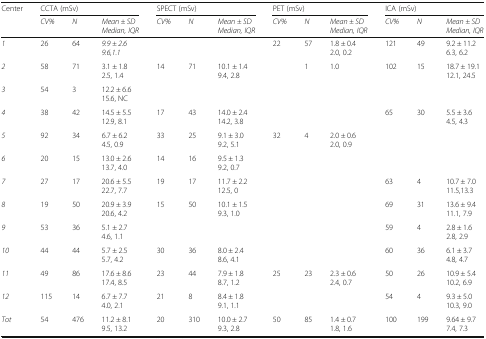
<table><thead><tr><td rowspan="2"><b>Center</b></td><td colspan="3"><b>CCTA (mSv)</b></td><td colspan="3"><b>SPECT (mSv)</b></td><td colspan="3"><b>PET (mSv)</b></td><td colspan="3"><b>ICA (mSv)</b></td></tr><tr><td><b><i>CV%</i></b></td><td><b><i>N</i></b></td><td><b><i>Mean ± SD</i><i>Median, IQR</i></b></td><td><b><i>CV%</i></b></td><td><b><i>N</i></b></td><td><b><i>Mean ± SD</i><i>Median, IQR</i></b></td><td><b><i>CV%</i></b></td><td><b><i>N</i></b></td><td><b><i>Mean ± SD</i><i>Median, IQR</i></b></td><td><b><i>CV%</i></b></td><td><b><i>N</i></b></td><td><b><i>Mean ± SD</i><i>Median, IQR</i></b></td></tr></thead><tbody><tr><td><i>1</i></td><td>26</td><td>64</td><td><i>9.9 ± 2.6</i><i>9.6,1.1</i></td><td></td><td></td><td></td><td>22</td><td>57</td><td>1.8 ± 0.42.0, 0.2</td><td>121</td><td>49</td><td>9.2 ± 11.26.3, 6.2</td></tr><tr><td><i>2</i></td><td>58</td><td>71</td><td>3.1 ± 1.82.5, 1.4</td><td>14</td><td>71</td><td>10.1 ± 1.49.4, 2.8</td><td></td><td>1</td><td>1.0</td><td>102</td><td>15</td><td>18.7 ± 19.112.1, 24.5</td></tr><tr><td><i>3</i></td><td>54</td><td>3</td><td>12.2 ± 6.615.6, NC</td><td></td><td></td><td></td><td></td><td></td><td></td><td></td><td></td><td></td></tr><tr><td><i>4</i></td><td>38</td><td>42</td><td>14.5 ± 5.512.9, 8.1</td><td>17</td><td>43</td><td>14.0 ± 2.414.2, 3.8</td><td></td><td></td><td></td><td>65</td><td>30</td><td>5.5 ± 3.64.5, 4.3</td></tr><tr><td><i>5</i></td><td>92</td><td>34</td><td>6.7 ± 6.24.5, 0.9</td><td>33</td><td>25</td><td>9.1 ± 3.09.2, 5.1</td><td>32</td><td>4</td><td>2.0 ± 0.62.0, 0.9</td><td></td><td></td><td></td></tr><tr><td><i>6</i></td><td>20</td><td>15</td><td>13.0 ± 2.613.7, 4.0</td><td>14</td><td>16</td><td>9.5 ± 1.39.2, 0.7</td><td></td><td></td><td></td><td></td><td></td><td></td></tr><tr><td><i>7</i></td><td>27</td><td>17</td><td>20.6 ± 5.522.7, 7.7</td><td>19</td><td>17</td><td>11.7 ± 2.212.5, 0</td><td></td><td></td><td></td><td>63</td><td>4</td><td>10.7 ± 7.011.5,13.3</td></tr><tr><td><i>8</i></td><td>19</td><td>50</td><td>20.9 ± 3.920.6, 4.2</td><td>15</td><td>50</td><td>10.1 ± 1.59.3, 1.0</td><td></td><td></td><td></td><td>69</td><td>31</td><td>13.6 ± 9.411.1, 7.9</td></tr><tr><td><i>9</i></td><td>53</td><td>36</td><td>5.1 ± 2.74.6, 1.1</td><td></td><td></td><td></td><td></td><td></td><td></td><td>59</td><td>4</td><td>2.8 ± 1.62.8, 2.9</td></tr><tr><td><i>10</i></td><td>44</td><td>44</td><td>5.7 ± 2.55.7, 4.2</td><td>30</td><td>36</td><td>8.0 ± 2.48.6, 4.1</td><td></td><td></td><td></td><td>60</td><td>36</td><td>6.1 ± 3.74.8, 4.7</td></tr><tr><td><i>11</i></td><td>49</td><td>86</td><td>17.6 ± 8.617.4, 8.5</td><td>23</td><td>44</td><td>7.9 ± 1.88.7, 1.2</td><td>25</td><td>23</td><td>2.3 ± 0.62.4, 0.7</td><td>50</td><td>26</td><td>10.9 ± 5.410.2, 6.9</td></tr><tr><td><i>12</i></td><td>115</td><td>14</td><td>6.7 ± 7.74.0, 2.1</td><td>21</td><td>8</td><td>8.4 ± 1.89.1, 1.1</td><td></td><td></td><td></td><td>54</td><td>4</td><td>9.3 ± 5.010.3, 9.0</td></tr><tr><td><i>Tot</i></td><td>54</td><td>476</td><td>11.2 ± 8.19.5, 13.2</td><td>20</td><td>310</td><td>10.0 ± 2.79.3, 2.8</td><td>50</td><td>85</td><td>1.4 ± 0.71.8, 1.6</td><td>100</td><td>199</td><td>9.64 ± 9.77.4, 7.3</td></tr></tbody></table>